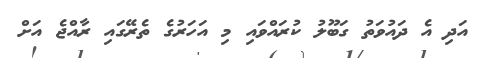
އަދި އެ ދައުވަތު ގަބޫލު ކުރައްވައި މި އަހަރުގެ ތެރޭގައި ރާއްޖެ އަށް